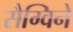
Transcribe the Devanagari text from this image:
सैग्विने